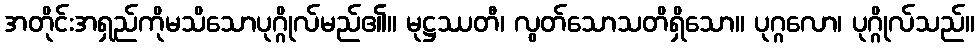
အတိုင်းအရှည်ကိုမသိသောပုဂ္ဂိုလ်မည်၏။ မုဋ္ဌဿတီ၊ လွတ်သောသတိရှိသော။ ပုဂ္ဂလော၊ ပုဂ္ဂိုလ်သည်။